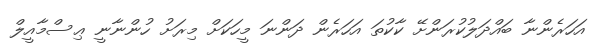
އަހަރެންނާ ބައްދަލުކުރަންށޭ ކާކުތަ އަހަރެން ދަންނަ މީހަކަށް މިރަށު ހުންނާނީ ޢިސްމާއީލް